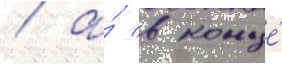
/ а́ в конце́